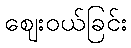
ဈေးဝယ်ခြင်း